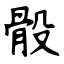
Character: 骰